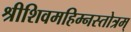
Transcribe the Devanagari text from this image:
श्रीशिवमहिम्नस्तोत्रम्